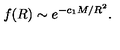
f ( R ) \sim e ^ { - c _ { 1 } M / R ^ { 2 } } .